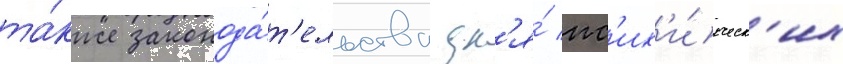
та́кже законода́т'ельства дл'я́ пс'их'и́ческ'их